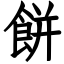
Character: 餅